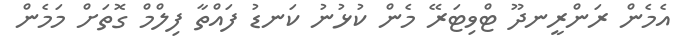
އެމެން ރަންރީނދޫ ޓްވިޓަރޭ މެން ކުޅުނު ކަނޑު ފައްތާ ފިލްމް ގޮތަށް މަމެން